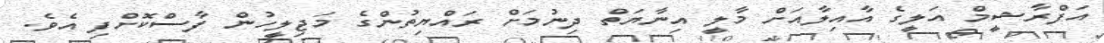
އަފްރާޝީމް އަލީގެ އާއިލާއަށް މާލީ އިނާޔަތް ދިނުމަށް ރައްޔިތުންގެ މަޖިލީހުން ފާސްކޮށްފި އެވެ.